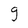
Character: g